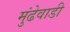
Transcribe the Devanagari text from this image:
मुंढेवाडी